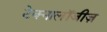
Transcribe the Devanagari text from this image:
टेक्नालॉजीज़